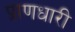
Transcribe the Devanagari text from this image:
प्राणधारी